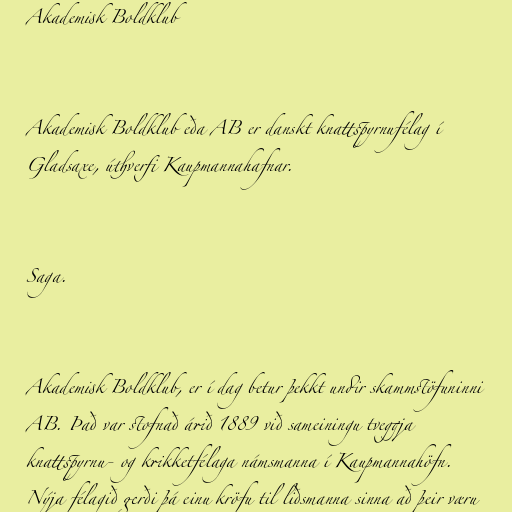
Akademisk Boldklub

Akademisk Boldklub eða AB er danskt knattspyrnufélag í
Gladsaxe, úthverfi Kaupmannahafnar.

Saga.

Akademisk Boldklub, er í dag betur þekkt undir skammstöfuninni
AB. Það var stofnað árið 1889 við sameiningu tveggja
knattspyrnu- og krikketfélaga námsmanna í Kaupmannahöfn.
Nýja félagið gerði þá einu kröfu til liðsmanna sinna að þeir væru